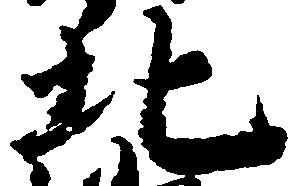
北